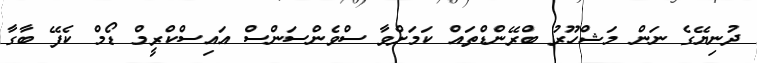
ދުނިޔޭގެ ނަން މަޝްހޫރު ބްރޭންޑްތައް ކަމަށްވާ ސްވެންސަންސް އައިސްކްރީމް ޑޯމް ކެފޭ ބާގާ